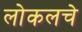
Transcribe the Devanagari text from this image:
लोकलचे